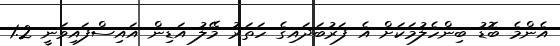
އެންމެ ބޮޑު ބިންހެލުމަކަށް އެ ފަރުބަދައިގެ ހަތަރު މޭލު އަޑިން އައިސްފައިވަނީ 1.2